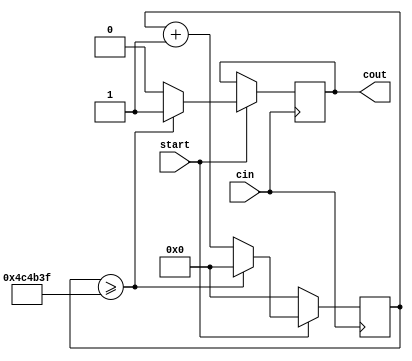
module DesClockDivider(cin, start, cout);

//Taken from in course labs
//Starts counting the clock, if the asteroid is destroyed, which is indicated using the input "start"

input cin;
input start;
output reg cout;

reg[31:0] count; 
parameter D = 32'd5000000;

always @(posedge cin)
begin
	if(start) begin
		count <= count + 32'd1;
		if (count >= (D-1)) begin
			cout <= 1;
			count <= 32'd0;
		end else begin
			cout <= 0;
		end
	end else begin
		count <= 32'd0;
	end
end

endmodule